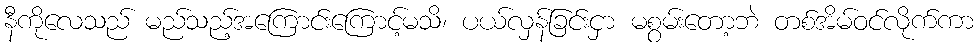
နီကိုလေသည် မည်သည့်အကြောင်းကြောင့်မသိ၊ ပယ်လှန်ခြင်းငှာ မစွမ်းတော့ဘဲ တစ်အိမ်ဝင်လိုက်ကာ